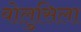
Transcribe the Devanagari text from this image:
वोलुसिला